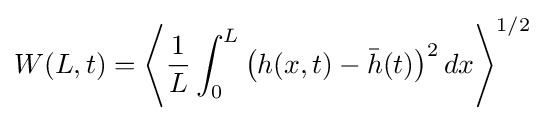
W(L,t)=\left\langle {\frac {1}{L}}\int _{0}^{L}{\big (}h(x,t)-{\bar {h}}(t){\big )}^{2}\,dx\right\rangle ^{1/2}